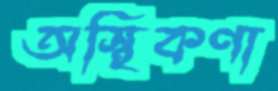
অস্থিকণা